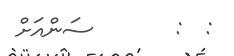
:  :       ސަންއަށް